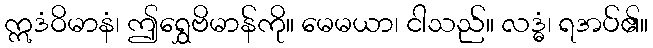
ဣဒံဝိမာနံ၊ ဤရွှေဗိမာန်ကို။ မေမယာ၊ ငါသည်။ လဒ္ဓံ၊ ရအပ်၏။